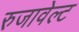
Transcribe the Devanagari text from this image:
रुजावेल्ट